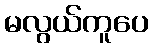
မလွယ်ကူပေ